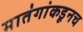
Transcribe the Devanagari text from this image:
मातंगांकडूनच